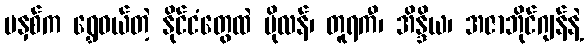
မနှစ်က ရွှေဝယ်တဲ့ နိုင်ငံတွေထဲ ပိုလန်၊ တူရကီ၊ အိန္ဒိယ၊ အဇာဘိုင်ဂျန်နဲ့